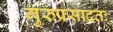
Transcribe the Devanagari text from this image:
गुरुप्रसादतः